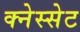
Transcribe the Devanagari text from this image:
क्नेस्सेट